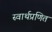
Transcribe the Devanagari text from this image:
स्वार्थप्रणित